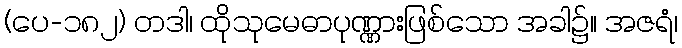
(ပေ-၁၈၂) တဒါ၊ ထိုသုမေဓာပုဏ္ဏားဖြစ်သော အခါ၌။ အဇရံ၊